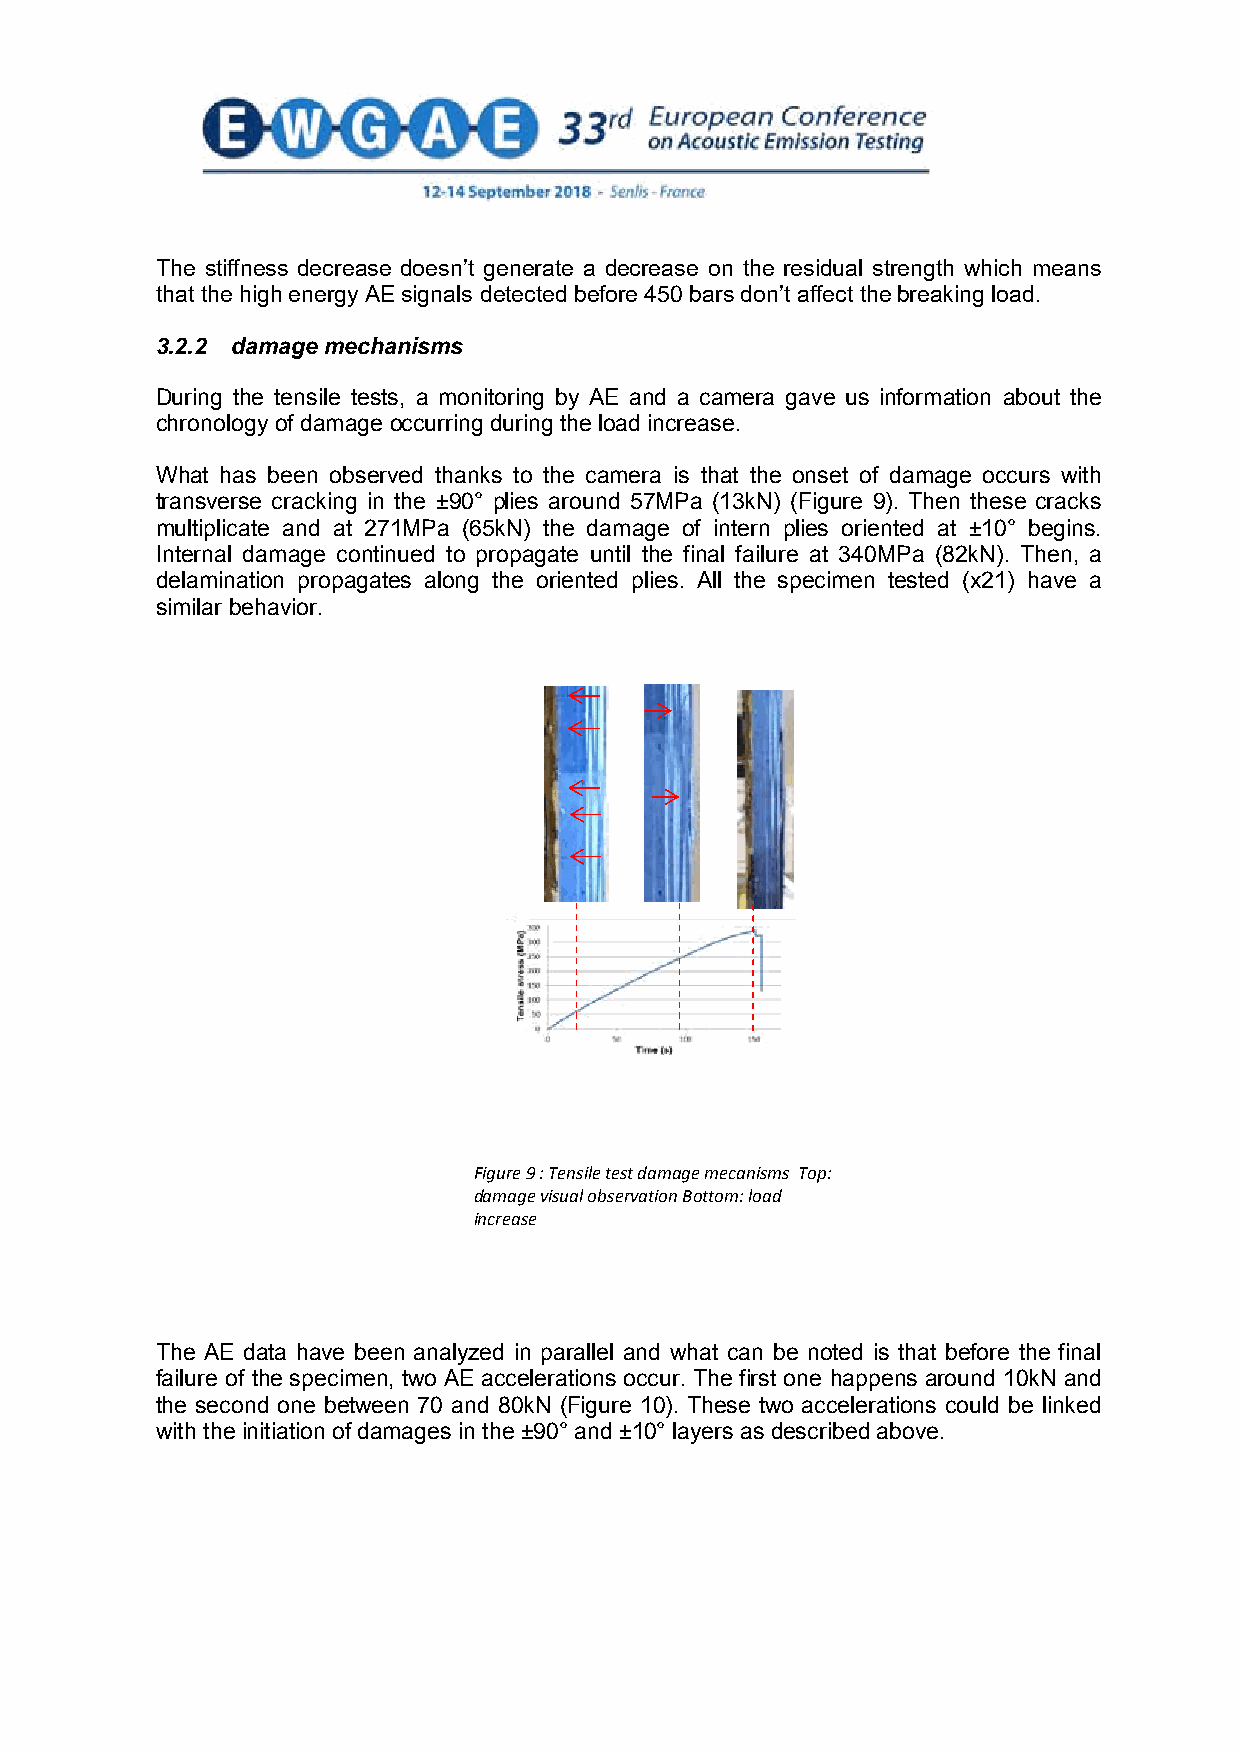
The stiffness decrease doesn’t generate a decrease on the residual strength which means
 that the high energy AE signals detected before 450 bars don’t affect the breaking load.
 3.2.2 damage mechanisms
 During the tensile tests, a monitoring by AE and a camera gave us information about the
 chronology of damage occurring during the load increase.
 What has been observed thanks to the camera is that the onset of damage occurs with
 transverse cracking in the ±90° plies around 57MPa (13kN) (Figure 9). Then these cracks
 multiplicate and at 271MPa (65kN) the damage of intern plies oriented at ±10° begins.
 Internal damage continued to propagate until the final failure at 340MPa (82kN). Then, a
 delamination propagates along the oriented plies. All the specimen tested (x21) have a
 similar behavior.
 Figure 9 : Tensile test damage mecanisms Top:
 damage visual observation Bottom: load
 increase
 The AE data have been analyzed in parallel and what can be noted is that before the final
 failure of the specimen, two AE accelerations occur. The first one happens around 10kN and
 the second one between 70 and 80kN (Figure 10). These two accelerations could be linked
 with the initiation of damages in the ±90° and ±10° layers as described above.
 8